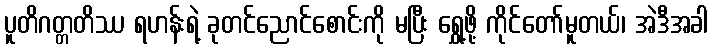
ပူတိဂတ္တတိဿ ရဟန်းရဲ့ ခုတင်ညောင်စောင်းကို မပြီး ရွှေ့ဖို့ ကိုင်တော်မူတယ်၊ အဲဒီအခါ